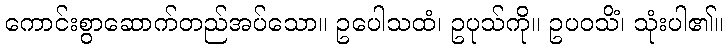
ကောင်းစွာဆောက်တည်အပ်သော။ ဥပေါသထံ၊ ဥပုသ်ကို။ ဥပဝသိံ၊ သုံးပါ၏။